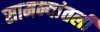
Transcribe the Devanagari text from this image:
सामन्यांतली